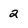
Character: 2